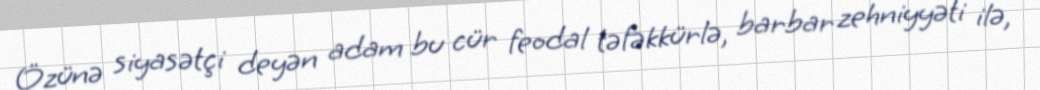
Özünə siyasətçi deyən adam bu cür feodal təfəkkürlə, barbar zehniyyəti ilə,